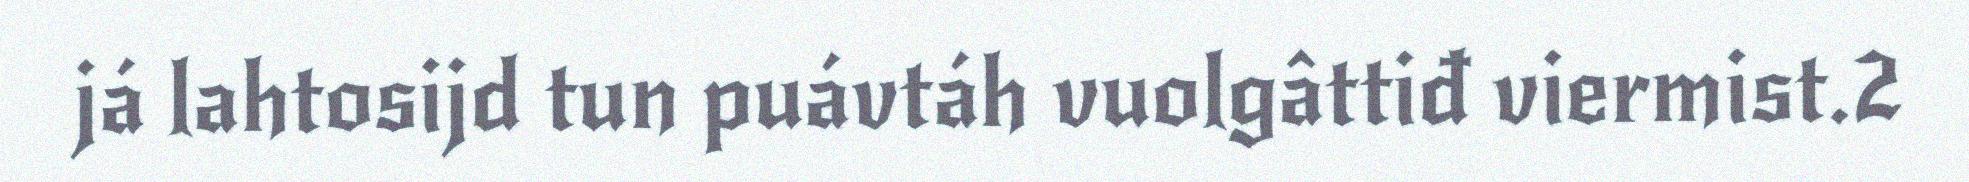
já lahtosijd tun puávtáh vuolgâttiđ viermist.2